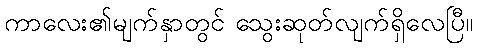
ကာလေး၏မျက်နှာတွင် သွေးဆုတ်လျက်ရှိလေပြီ။